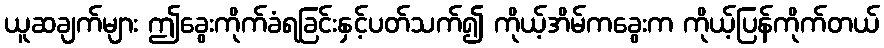
ယူဆချက်များ ဤခွေးကိုက်ခံရခြင်းနှင့်ပတ်သက်၍ ကိုယ့်အိမ်ကခွေးက ကိုယ့်ပြန်ကိုက်တယ်